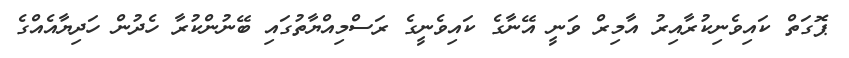
ޕޮގަތް ކައިވެނިކުރާއިރު އާމިރް ވަނީ އޭނާގެ ކައިވެނީގެ ރަސްމިއްޔާތުގައި ބޭނުންކުރާ ހެދުން ހަދިޔާއެއްގެ